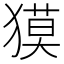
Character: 獏